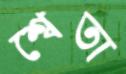
শ্বেতা